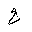
Letter: _ha